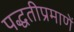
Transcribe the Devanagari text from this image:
पद्धतीप्रमाणें